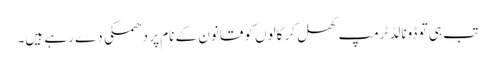
تب ہی تو ڈونالڈ ٹرمپ کھل کر کالوں کو قانون کے نام پر دھمکی دے رہے ہیں۔